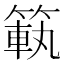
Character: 𥰳